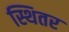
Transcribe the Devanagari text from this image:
स्थितर